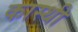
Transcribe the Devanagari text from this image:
कास्थी